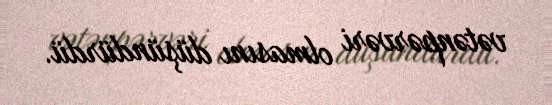
vətənpərvəri olmasını düşündürdü.